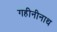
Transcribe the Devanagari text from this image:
गहीनीनाथ